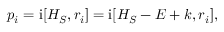
\begin{array} { r } { p _ { i } = \mathrm { i } [ H _ { S } , r _ { i } ] = \mathrm { i } [ H _ { S } - E + k , r _ { i } ] , } \end{array}